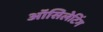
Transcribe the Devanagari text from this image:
ऑसिलेटिंग